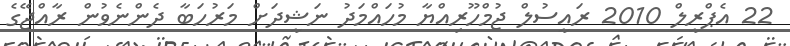
22 އެޕްރީލް 2010 ރައީސުލް ޖުމްހޫރިއްޔާ މުހައްމަދު ނަޝީދަށް މަރުހަބާ ދެންނެވުން ރާއްޖޭގެ